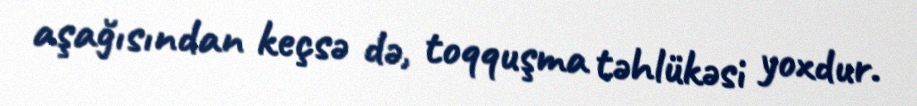
aşağısından keçsə də, toqquşma təhlükəsi yoxdur.